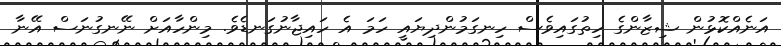
އަނެއްކޮޅުން ޝިޒާންގެ ހިތުގައިވެސް ހިނގަމުންދިޔައީ ހަމަ އެ ހައިޖާނުގަނޑެވެ. މިންހާއަށް ނޭނގުނަސް އޭނާ